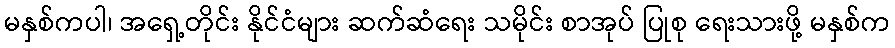
မနှစ်ကပါ၊ အရှေ့တိုင်း နိုင်ငံများ ဆက်ဆံရေး သမိုင်း စာအုပ် ပြုစု ရေးသားဖို့ မနှစ်က